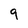
Character: 9